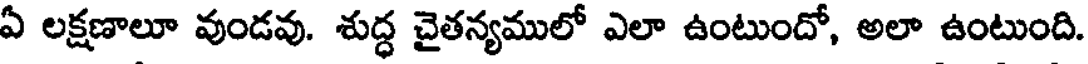
ఏ లక్షణాలూ వుండవు. శుద్ధ చైతన్యములో ఎలా ఉంటుందో, అలా ఉంటుంది.